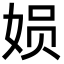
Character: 㛣